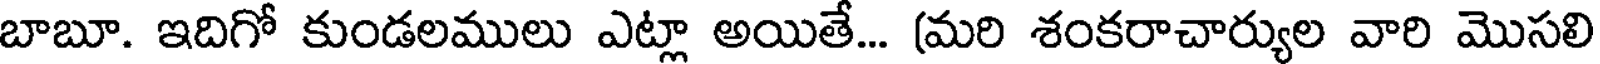
బాబూ. ఇదిగో కుండలములు ఎట్లా అయితే... (మరి శంకరాచార్యుల వారి మొసలి